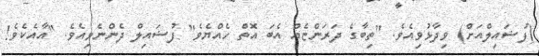
(ފުޟައިލްއަށް) ވިދާޅުވިއެވެ. "ތިބާގެ ދަރަންޏެއް އެބަ އޮތް ހެއްޔެވެ" ފުޟައިލް ދެންނެވިއެވެ. "އާއެކެވެ!